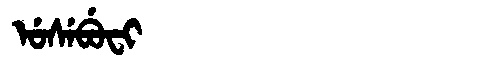
Manchu: ᡠᠰᡝᠪᡠᠸᡳ
Romanization: USEBUFI